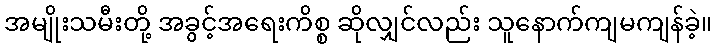
အမျိုးသမီးတို့ အခွင့်အရေးကိစ္စ ဆိုလျှင်လည်း သူနောက်ကျမကျန်ခဲ့။